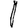
Digit: 1